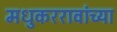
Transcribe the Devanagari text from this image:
मधुकररावांच्या